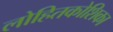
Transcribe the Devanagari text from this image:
लोहितकोशिका